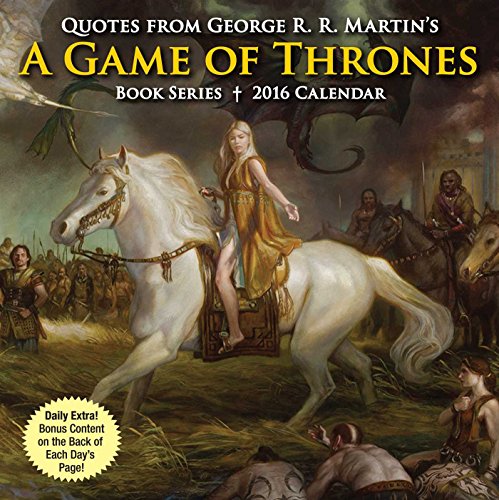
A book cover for Quotes from George R. R. Martin's A Game of Thrones Book Series 2016 Day-to-Day; George R. R. Martin; Calendars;